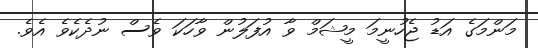
މަންމަގެ އަޑު ޖެހުނީމަ މީޝަމް ވާ އުފަލުން ވާހަކަ ވެސް ނުދެކެވެ އެވެ.